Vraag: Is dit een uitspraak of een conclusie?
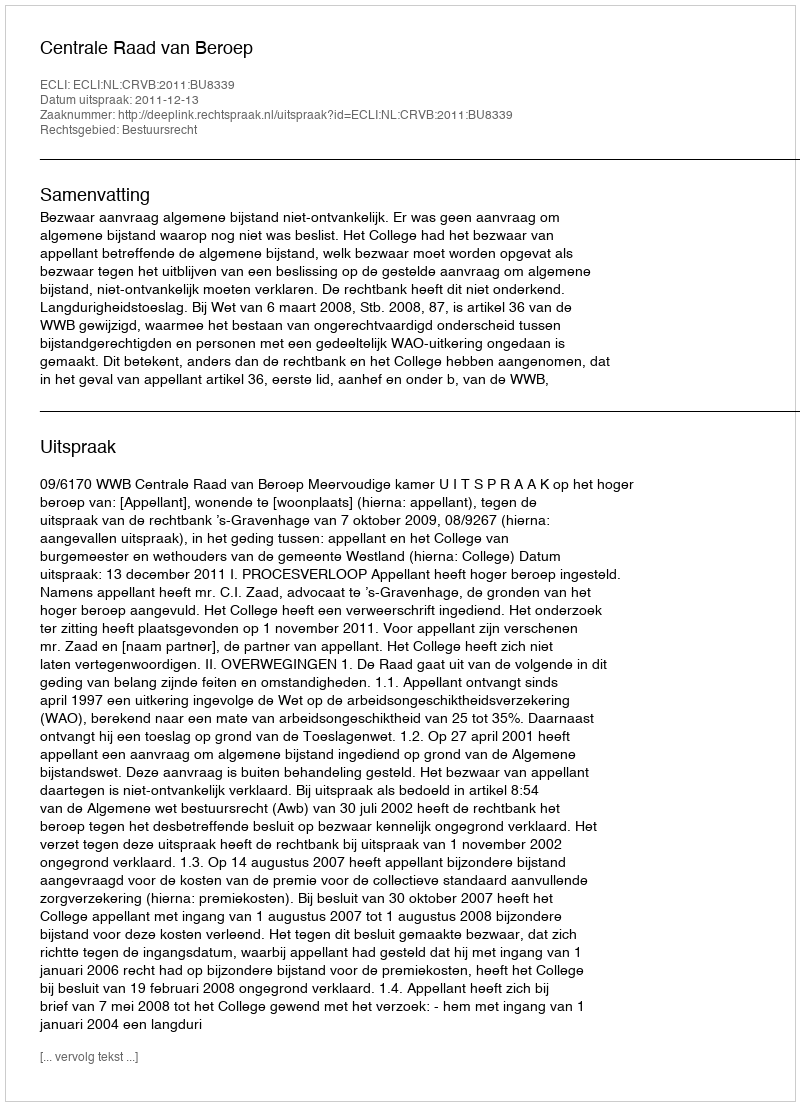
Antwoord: Uitspraak